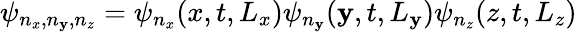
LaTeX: \psi_{n_{x},n_{\mathbf{y}},n_{z}}=\psi_{n_{x}}(x,t,L_{x})\psi_{n_{\mathbf{y}}}(\mathbf{y},t,L_{\mathbf{y}})\psi_{n_{z}}(z,t,L_{z})